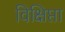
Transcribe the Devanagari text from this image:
विक्षिप्ता